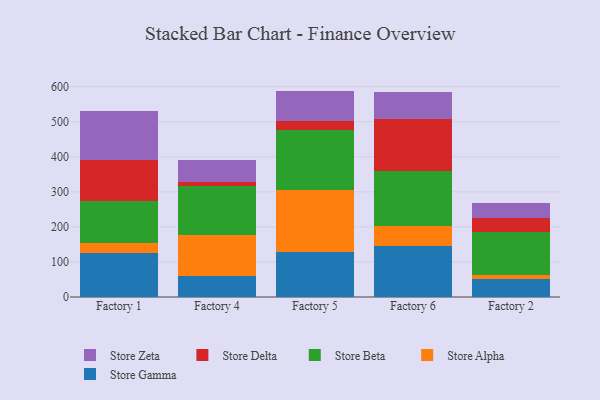
{"axis": {"x": "Factory", "y": "Temperature (°C)"}, "legend": ["Store Alpha", "Store Beta", "Store Delta", "Store Gamma", "Store Zeta"], "data": [{"x": "Factory 1", "y": 126.0, "type": "Store Gamma"}, {"x": "Factory 1", "y": 29.1, "type": "Store Alpha"}, {"x": "Factory 1", "y": 118.7, "type": "Store Beta"}, {"x": "Factory 1", "y": 117.3, "type": "Store Delta"}, {"x": "Factory 1", "y": 140.2, "type": "Store Zeta"}, {"x": "Factory 4", "y": 60.3, "type": "Store Gamma"}, {"x": "Factory 4", "y": 116.5, "type": "Store Alpha"}, {"x": "Factory 4", "y": 140.1, "type": "Store Beta"}, {"x": "Factory 4", "y": 11.7, "type": "Store Delta"}, {"x": "Factory 4", "y": 61.2, "type": "Store Zeta"}, {"x": "Factory 5", "y": 127.3, "type": "Store Gamma"}, {"x": "Factory 5", "y": 177.5, "type": "Store Alpha"}, {"x": "Factory 5", "y": 172.3, "type": "Store Beta"}, {"x": "Factory 5", "y": 25.8, "type": "Store Delta"}, {"x": "Factory 5", "y": 85.2, "type": "Store Zeta"}, {"x": "Factory 6", "y": 144.3, "type": "Store Gamma"}, {"x": "Factory 6", "y": 59.5, "type": "Store Alpha"}, {"x": "Factory 6", "y": 155.8, "type": "Store Beta"}, {"x": "Factory 6", "y": 149.4, "type": "Store Delta"}, {"x": "Factory 6", "y": 76.2, "type": "Store Zeta"}, {"x": "Factory 2", "y": 51.0, "type": "Store Gamma"}, {"x": "Factory 2", "y": 10.9, "type": "Store Alpha"}, {"x": "Factory 2", "y": 123.9, "type": "Store Beta"}, {"x": "Factory 2", "y": 39.7, "type": "Store Delta"}, {"x": "Factory 2", "y": 43.7, "type": "Store Zeta"}]}